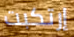
إرتكبت